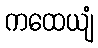
ကထေယျံ